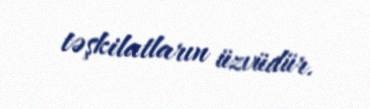
təşkilatların üzvüdür.